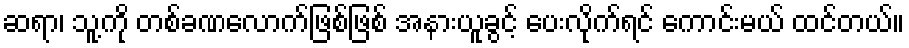
ဆရာ၊ သူ့ကို တစ်ခဏလောက်ဖြစ်ဖြစ် အနားယူခွင့် ပေးလိုက်ရင် ကောင်းမယ် ထင်တယ်။